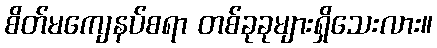
စိတ်မကျေနပ်စရာ တစ်ခုခုများရှိသေးလား။